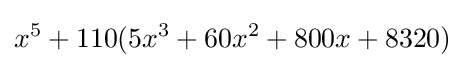
x^{5}+110(5x^{3}+60x^{2}+800x+8320)